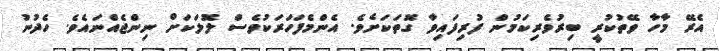
އެރޭ މާހާ ވޭތުކުރީ ބިރުވެރިކަމުން ފުރިފައިވާ ގޮތަކަށެވެ. އެންމެފަހަރަކުވެސް ލޮލަކަށް ނިންޖެއްނައެވެ. ހެދުނު